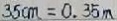
3 5 c m = 0 . 3 5 m